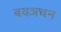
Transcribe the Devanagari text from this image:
बयञचन